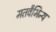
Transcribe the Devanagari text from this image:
मतवैभिन्य